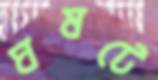
ঘষটে